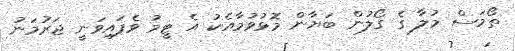
ތޯމަސް މުލާ ގެ ގޯލުން ބަޔާން މޮޅުވުމާއެކު އެ ޓީމު ވެފައިވަނީ ޖަރުމަނު